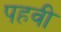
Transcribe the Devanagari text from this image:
पहवी